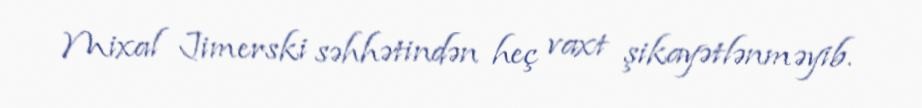
Mixal Jimerski səhhətindən heç vaxt şikayətlənməyib.